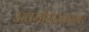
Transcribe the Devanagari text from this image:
ऊधमसिंहननगर